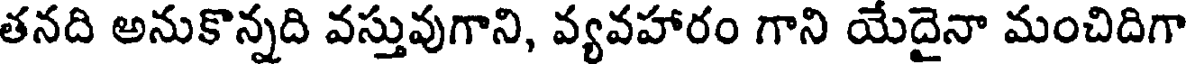
తనది అనుకొన్నది వస్తువుగాని, వ్యవహారం గాని యేదైనా మంచిదిగా